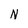
Character: N